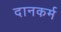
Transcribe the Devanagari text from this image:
दानकर्म